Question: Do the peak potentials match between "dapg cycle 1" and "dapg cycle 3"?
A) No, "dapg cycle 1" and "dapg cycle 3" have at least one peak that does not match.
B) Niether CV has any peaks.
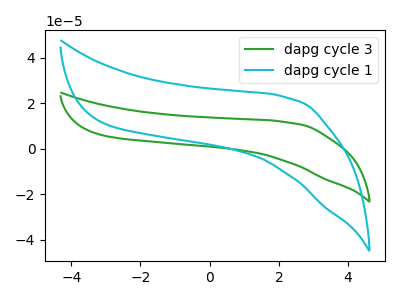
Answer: <think>The green curve "dapg cycle 3" has no peaks. The cyan curve "dapg cycle 1" has no peaks.</think>
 <answer>B) Niether CV has any peaks.</answer>
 <eval>B</eval>